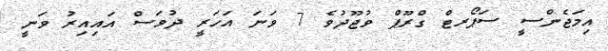
އިމަޖެންސީ ސަޕޯރޓް ގްރޫޕް ވުޖޫދުވެ 7 ވަނަ އަހަރީ ދުވަސް އައިއިރު ވަނީ